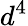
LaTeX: d^{4}